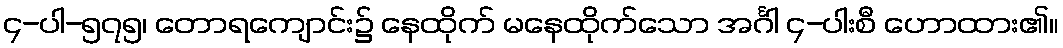
၄-ပါ-၅၇၅၊ တောရကျောင်း၌ နေထိုက် မနေထိုက်သော အင်္ဂါ ၄-ပါးစီ ဟောထား၏။